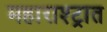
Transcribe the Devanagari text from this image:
महाराश्ट्रात